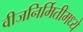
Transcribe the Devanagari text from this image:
वीजनिर्मितीमध्ये